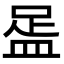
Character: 𥁯